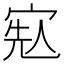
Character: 𡨷